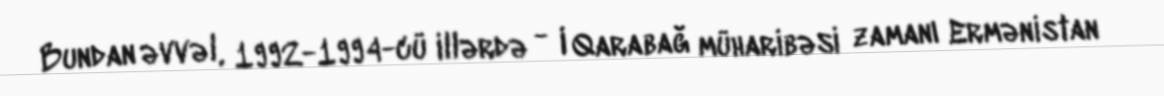
Bundan əvvəl, 1992-1994-cü illərdə - I Qarabağ müharibəsi zamanı Ermənistan